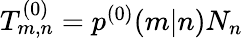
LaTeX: \begin{array}{r}{T_{m,n}^{(0)}=p^{(0)}(m|n)N_{n}}\end{array}